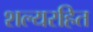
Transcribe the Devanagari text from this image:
शल्यरहित